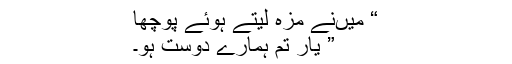
“ میںنے مزہ لیتے ہوئے پوچھا
” یار تم ہمارے دوست ہو۔